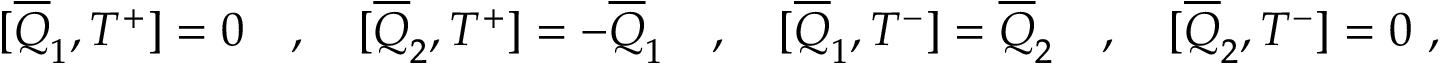
[ \overline { { { Q } } } _ { 1 } , T ^ { + } ] = 0 \quad , \quad [ \overline { { { Q } } } _ { 2 } , T ^ { + } ] = - \overline { { { Q } } } _ { 1 } \quad , \quad [ \overline { { { Q } } } _ { 1 } , T ^ { - } ] = \overline { { { Q } } } _ { 2 } \quad , \quad [ \overline { { { Q } } } _ { 2 } , T ^ { - } ] = 0 \ ,